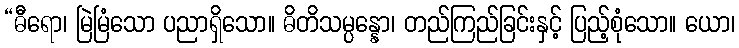
“ဓီရော၊ မြဲမြံသော ပညာရှိသော။ ဓိတိသမ္ပန္နော၊ တည်ကြည်ခြင်းနှင့် ပြည့်စုံသော။ ယော၊